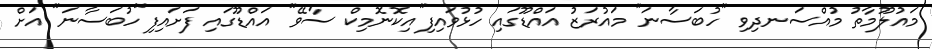
މައުލޫމާތު މުއްސަނދިވި "ހުބަސާނަ" މައުރަޒު އައްޑޫގައި ހުޅުވައިފި"އިކޮނޮމިކް ސާވޭ" އައްޑޫގައި ފަށައިފި"ހުބަސާނަ" އަށް